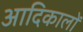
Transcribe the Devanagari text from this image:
आदिकालों